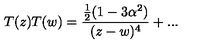
T ( z ) T ( w ) = \frac { \frac { 1 } { 2 } ( 1 - 3 \alpha ^ { 2 } ) } { ( z - w ) ^ { 4 } } + . . .